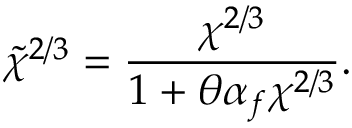
\Tilde { \chi } ^ { 2 / 3 } = \frac { \chi ^ { 2 / 3 } } { 1 + \theta \alpha _ { f } \chi ^ { 2 / 3 } } .